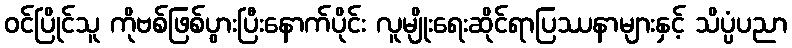
ဝင်ပြိုင်သူ ကိုဗစ်ဖြစ်ပွားပြီးနောက်ပိုင်း လူမျိုးရေးဆိုင်ရာပြဿနာများနှင့် သိပ္ပံပညာ